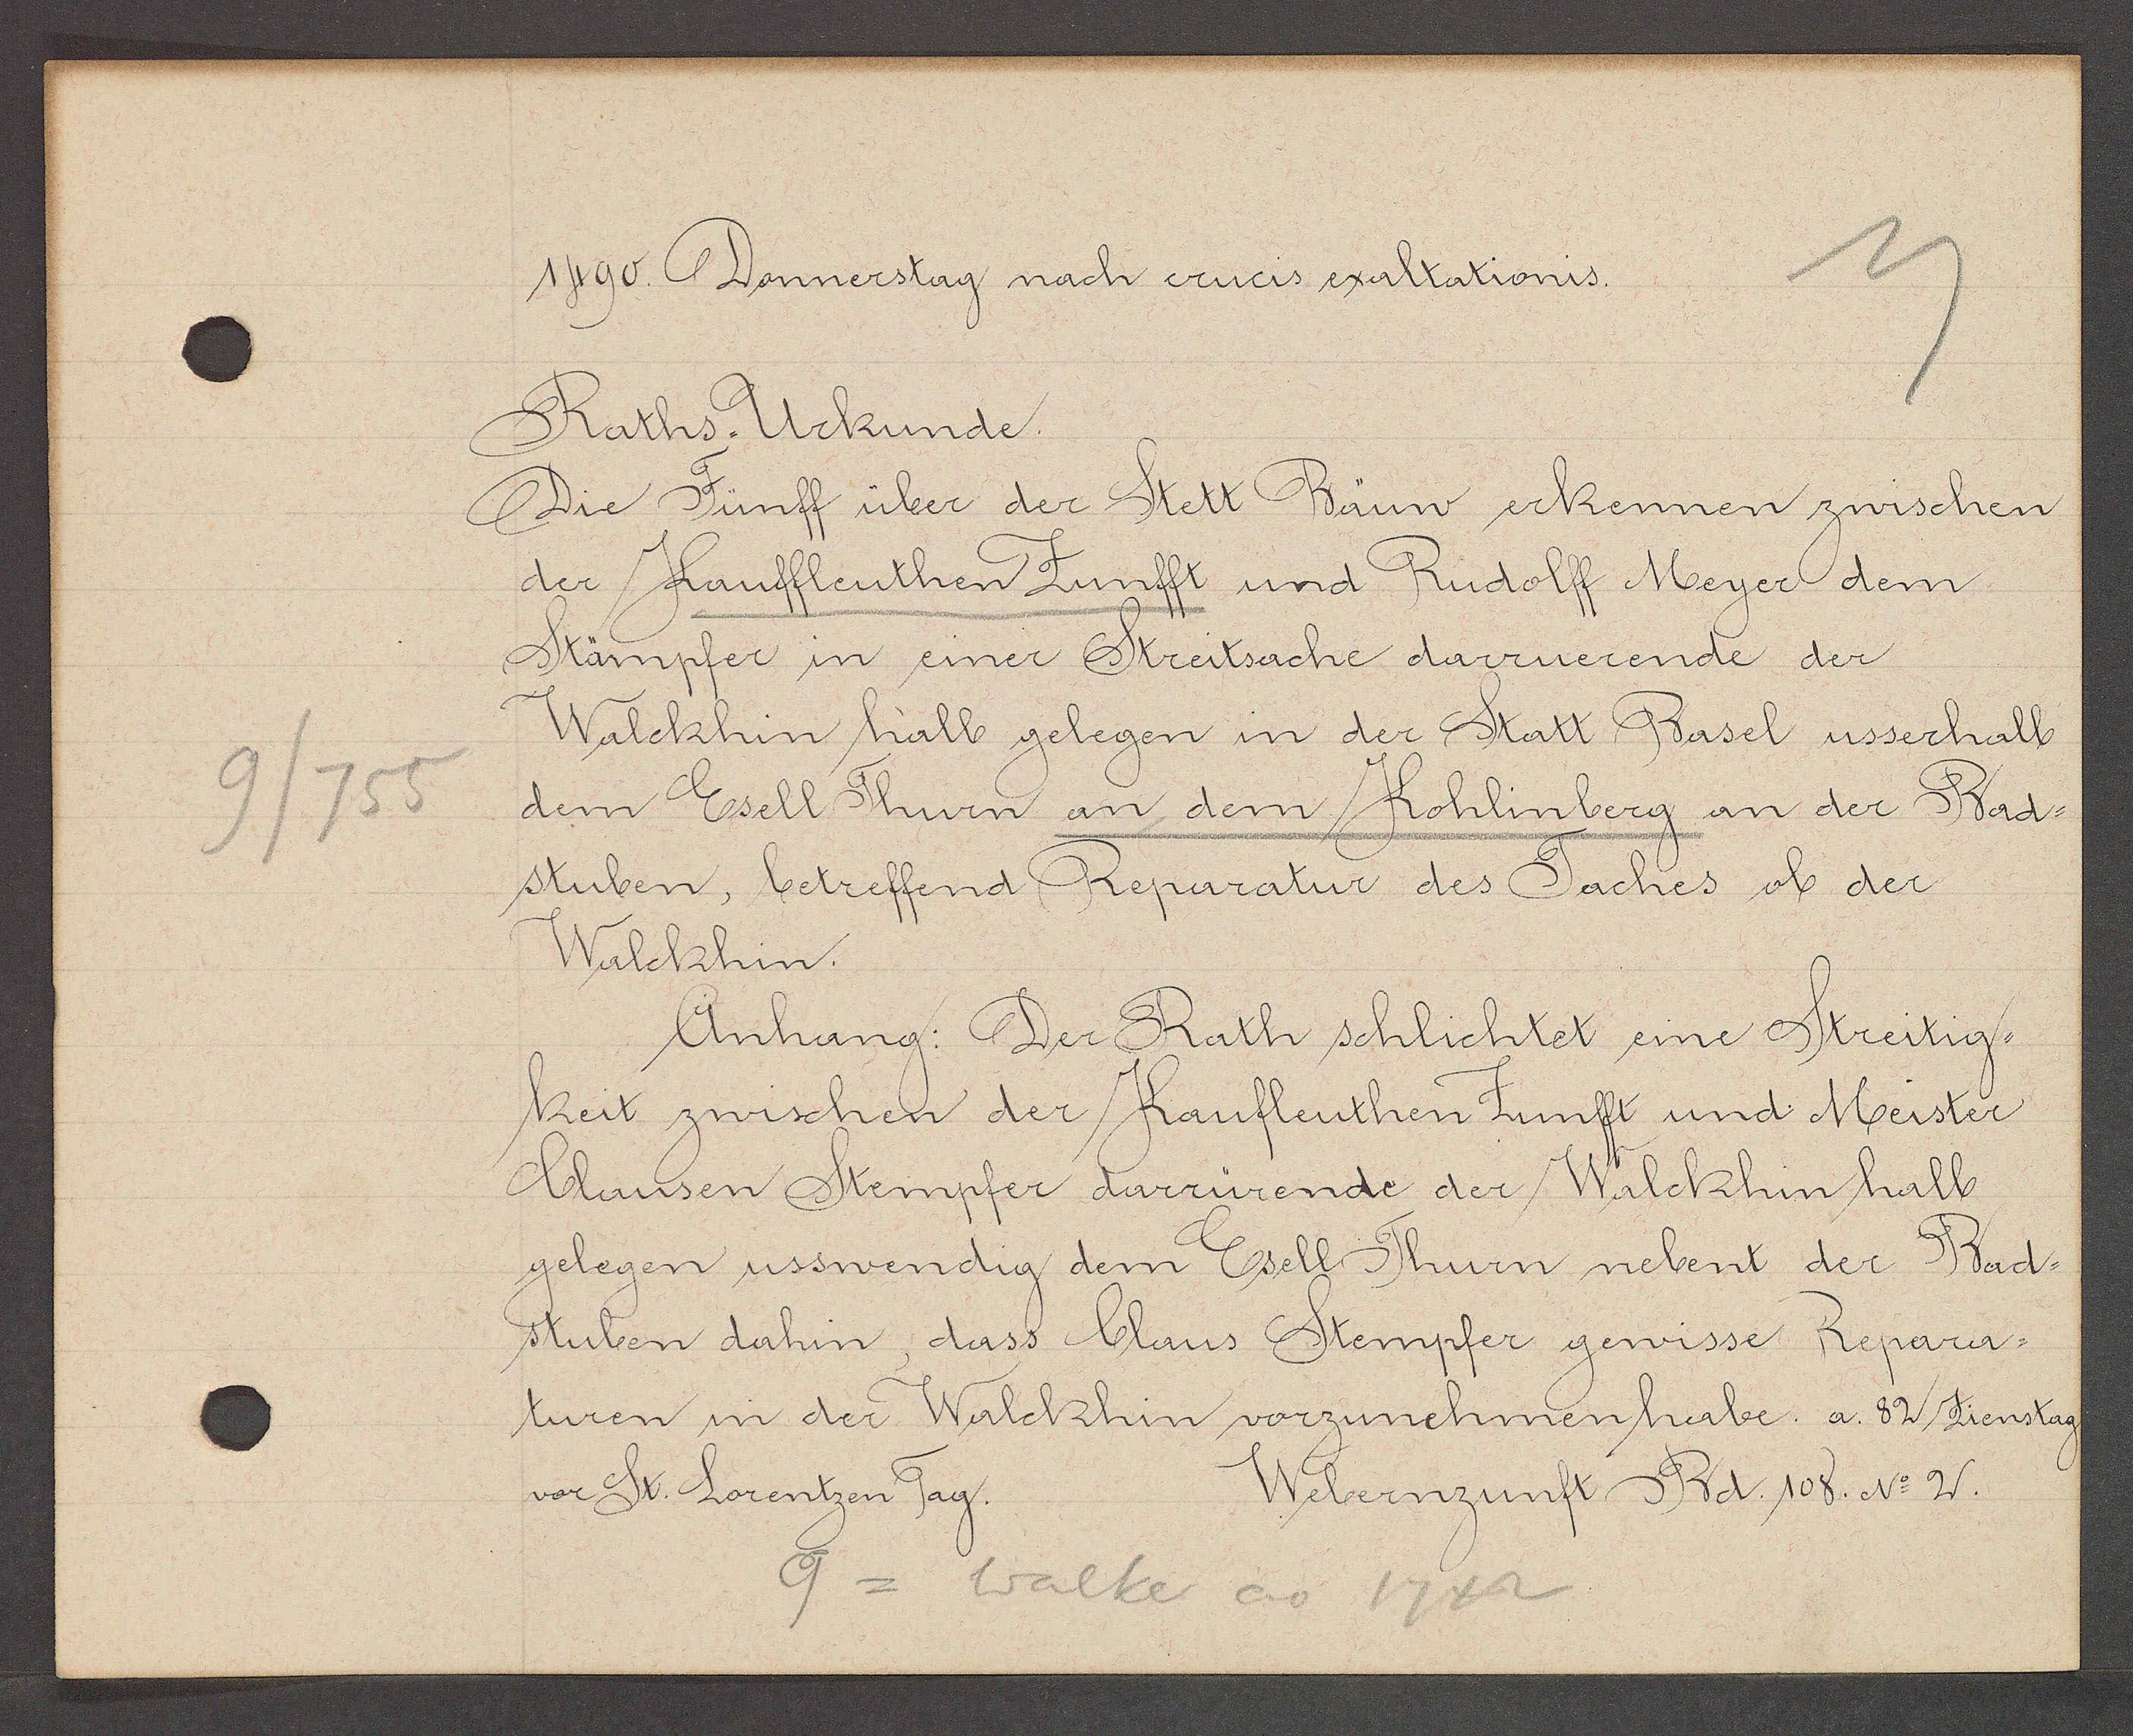
Transcript:
9/755

1490. Donnerstag nach crucis exaltationis.

Raths Urkunde.
Die Fünff über der Stett Bäuw erkennen zwischen
der Kauffleuthen Zunfft und Rudolff Meyer dem
Stämpfer in einer Streitsache darruerende der
Walckhin halb gelegen in der Statt Basel usserhalb
dem Esell Thurn an dem Kohlinberg an der Bad-
stuben, betreffend Reparatur des Taches ob der
Walckhin.
Anhang: Der Rath schlichtet eine Streitig-
keit zwischen der Kaufleuthen Zunfft und Meister
Clausen Stempfer darrürende der Walckhin halb
gelegen usswendig dem Esell Thurn nebent der Bad¬
stuben dahin, dass Claus Stempfer gewisse Repara¬
turen in der Walckhin vorzunehmen habe. a. 82 Zienstag
Webernzunft Bd. 108. No. 2.
vor St. Lorentzen Tag.

9=
Walter ao 1742